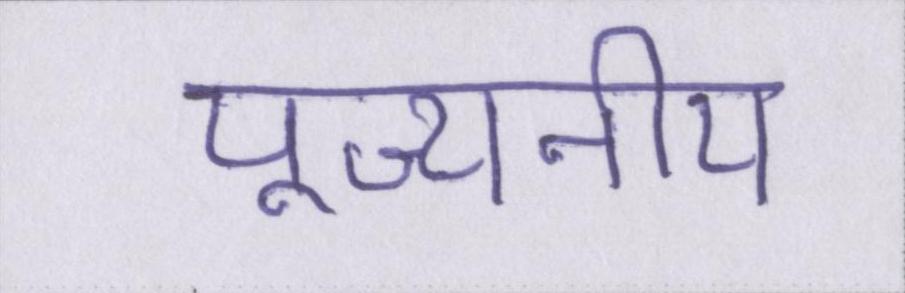
पूज्यनीय